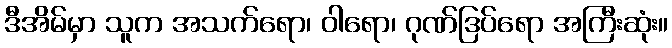
ဒီအိမ်မှာ သူက အသက်ရော၊ ဝါရော၊ ဂုဏ်ဒြပ်ရော အကြီးဆုံး။